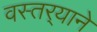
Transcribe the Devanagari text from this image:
वस्तर्‍याने